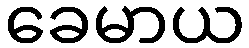
ခေမာယ